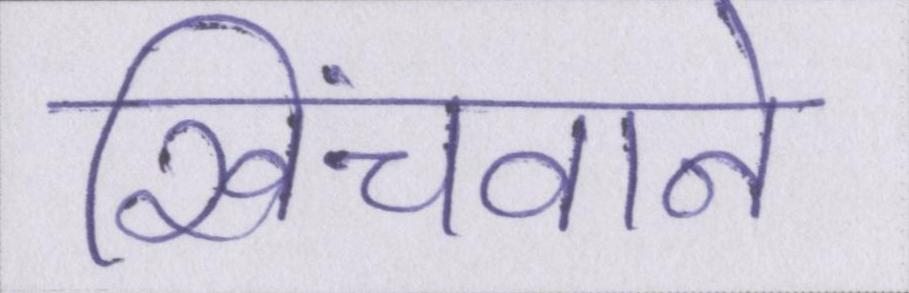
खिंचवाने